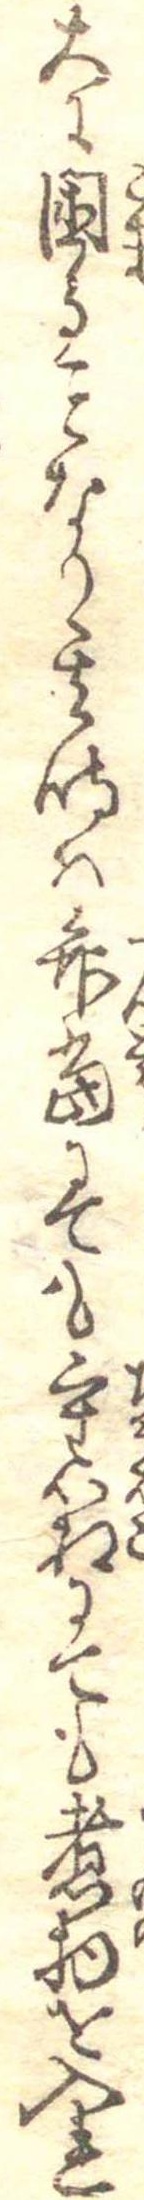
大に困るなり其時は弁当にても重箱にても煮物を入れ